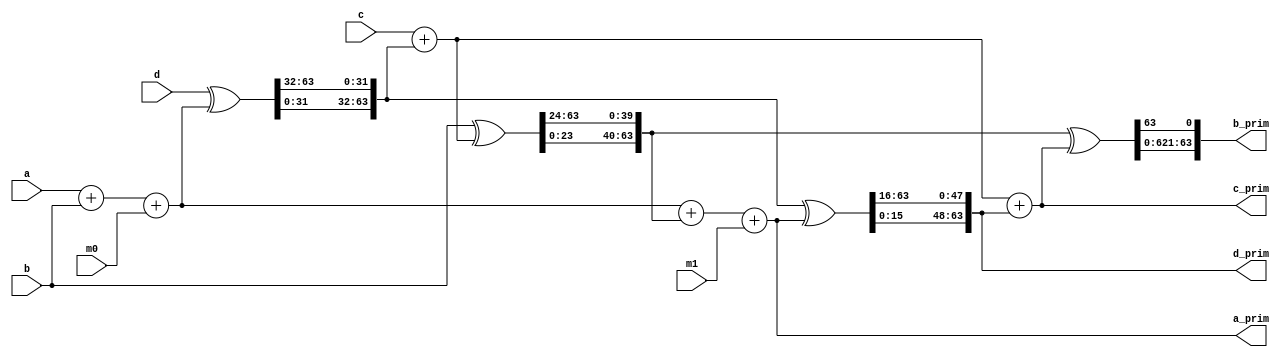
module blake2_G_1(
                input wire [63 : 0]  a,
                input wire [63 : 0]  b,
                input wire [63 : 0]  c,
                input wire [63 : 0]  d,
                input wire [63 : 0]  m0,
                input wire [63 : 0]  m1,
                output wire [63 : 0] a_prim,
                output wire [63 : 0] b_prim,
                output wire [63 : 0] c_prim,
                output wire [63 : 0] d_prim
               );
  wire [63 : 0] a0 = a + b + m0;
  wire [63 : 0] d0 = d ^ a0;
  wire [63 : 0] d1 = {d0[31 : 0], d0[63 : 32]};
  wire [63 : 0] c0 = c + d1;
  wire [63 : 0] b0 = b ^ c0;
  wire [63 : 0] b1 = {b0[23 : 0], b0[63 : 24]};
  wire [63 : 0] a1 = a0 + b1 + m1;
  wire [63 : 0] d2 = d1 ^ a1;
  wire [63 : 0] d3 = {d2[15 : 0], d2[63 : 16]};
  wire [63 : 0] c1 = c0 + d3;
  wire [63 : 0] b2 = b1 ^ c1;
  wire [63 : 0] b3 = {b2[62 : 0], b2[63]};
  assign a_prim = a1;
  assign b_prim = b3;
  assign c_prim = c1;
  assign d_prim = d3;
endmodule